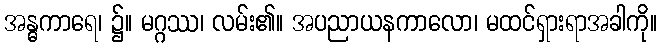
အန္ဓကာရေ၊ ၌။ မဂ္ဂဿ၊ လမ်း၏။ အပညာယနကာလော၊ မထင်ရှားရာအခါကို။